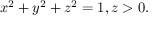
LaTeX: x ^ { 2 } + y ^ { 2 } + z ^ { 2 } = 1 , z > 0 .